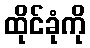
ထိုင်ခုံကို